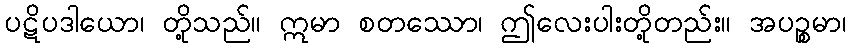
ပဋိပဒါယော၊ တို့သည်။ ဣမာ စတဿော၊ ဤလေးပါးတို့တည်း။ အပဉ္စမာ၊